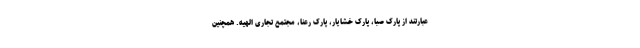
عبارتند از پارک صبا، پارک خشایار، پارک رعنا، مجتمع تجاری الهیه. همچنین